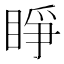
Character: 睜